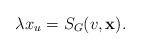
LaTeX: \begin{align*}\lambda x_{u}=S_{G}(v,\mathbf{x}). \end{align*}